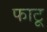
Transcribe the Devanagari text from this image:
फाटू